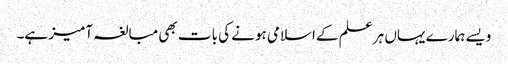
ویسے ہمارے یہاں ہر علم کے اسلامی ہونے کی بات بھی مبالغہ آمیز ہے۔